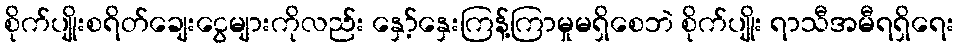
စိုက်ပျိုးစရိတ်ချေးငွေများကိုလည်း နှော့်နှေးကြန့်ကြာမှုမရှိစေဘဲ စိုက်ပျိုး ရာသီအမီရရှိရေး